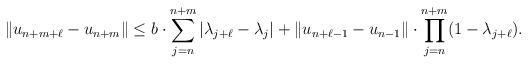
LaTeX: \begin{align*}\|u_{n+m+\ell}-u_{n+m}\|\leq b\cdot\sum^{n+m}_{j=n} |\lambda_{j+\ell}-\lambda_j| + \|u_{n+\ell-1}-u_{n-1}\|\cdot\prod^{n+m}_{j=n}(1-\lambda_{j+\ell}).\end{align*}